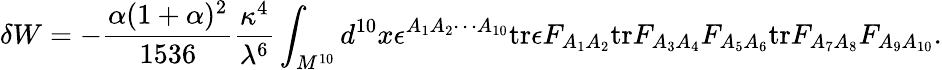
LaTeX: \delta W=-{\frac{\alpha(1+\alpha)^{2}}{1536}}{\frac{\kappa^{4}}{\lambda^{6}}}\int_{M^{10}}d^{10}x\epsilon^{A_{1}A_{2}\cdots A_{10}}\mathrm{tr}\epsilon F_{A_{1}A_{2}}\mathrm{tr}F_{A_{3}A_{4}}F_{A_{5}A_{6}}\mathrm{tr}F_{A_{7}A_{8}}F_{A_{9}A_{10}}.